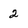
Character: 2